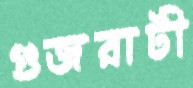
গুজরাটী